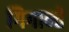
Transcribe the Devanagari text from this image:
गिगान्ते